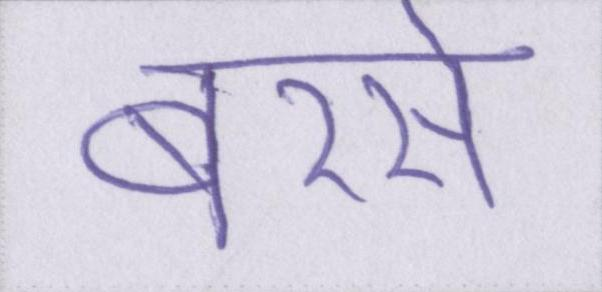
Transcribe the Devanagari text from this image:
बरसे